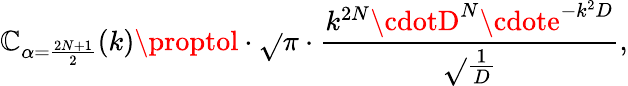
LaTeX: \mathbb{C}_{\alpha=\frac{{2N+1}}{{2}}}(k)\proptol\cdot\sqrt{}{{\pi}}\cdot\frac{{k^{2N}\cdotD^{N}\cdote^{-k^{2}D}}}{{\sqrt{}{{\frac{{1}}{{D}}}}}},